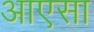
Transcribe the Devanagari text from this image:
आएसा